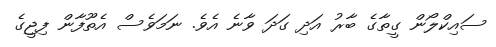
ސައިކްލޯން ގީތާގެ ބާރު އަދި ގަދަ ވާނެ އެވެ. ނަމަވެސް އެތޫފާން ފިޖީގެ